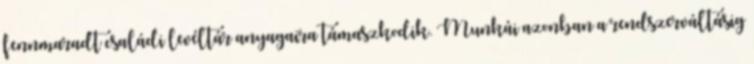
fennmaradt családi levéltár anyagaira támaszkodik. Munkái azonban a rendszerváltásig